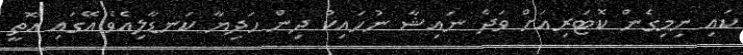
ކައި ނިމިގެން ކޮޓަރިއަށް ވަދެ ނައިޝާ ނުހައިކު ދިން ހަދިޔާ ކަނޑާލިއެވެ.އޭގައި އޮތީ